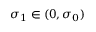
\sigma _ { 1 } \in ( 0 , \sigma _ { 0 } )